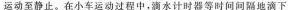
运动至静止。在小车运动过程中，滴水计时器等时间间隔地滴下